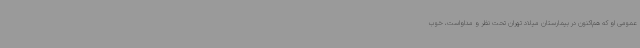
عمومی او که هم‌اکنون در بیمارستان میلاد تهران تحت نظر و مداواست، خوب